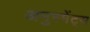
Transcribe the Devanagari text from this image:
अमुस्मेंट्स